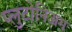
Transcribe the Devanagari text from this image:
प्लुटोनिअम